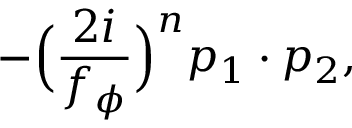
- \Big ( \frac { 2 i } { f _ { \phi } } \Big ) ^ { n } p _ { 1 } \cdot p _ { 2 } ,